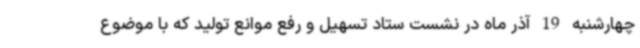
چهارشنبه 19 آذر ماه در نشست ستاد تسهیل و رفع موانع تولید که با موضوع